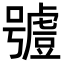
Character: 𧇼